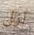
أزال